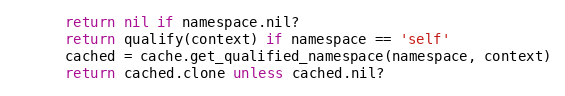
Language: Ruby
      return nil if namespace.nil?
      return qualify(context) if namespace == 'self'
      cached = cache.get_qualified_namespace(namespace, context)
      return cached.clone unless cached.nil?